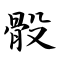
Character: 骰